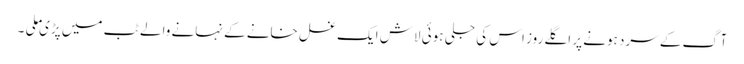
آگ کے سرد ہونے پر اگلے روز اس کی جلی ہوئی لاش ایک غسل خانے کے نہانے والے ٹب میں پڑی ملی ۔